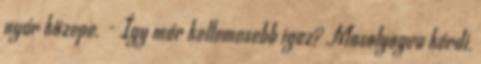
nyár közepe. - Így már kellemesebb igaz? Mosolyogva kérdi,